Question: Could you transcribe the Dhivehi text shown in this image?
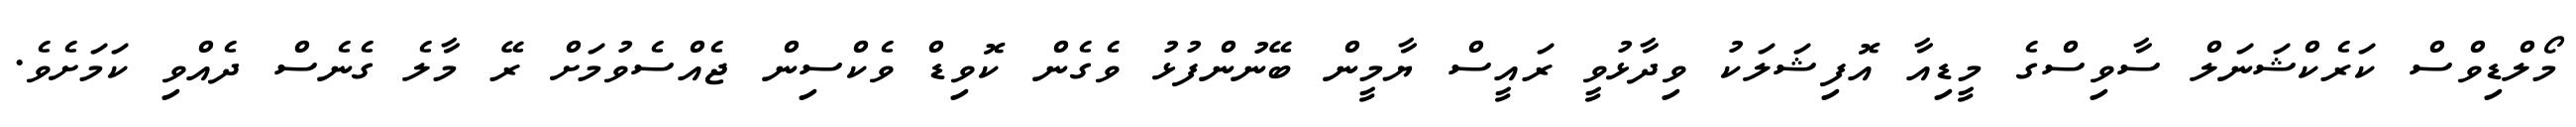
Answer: މޯލްޑިވްސް ކަރެކްޝަނަލް ސާވިސްގެ މީޑިއާ އޮފިޝަލަކު ވިދާޅުވީ ރައީސް ޔާމީން ބޭނުންފުޅު ވެގެން ކޮވިޑް ވެކްސިން ޖެއްސެވުމަށް ރޭ މާލެ ގެނެސް ދެއްވި ކަމަށެވެ.